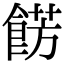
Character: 餝